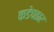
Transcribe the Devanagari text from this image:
कडेपठार